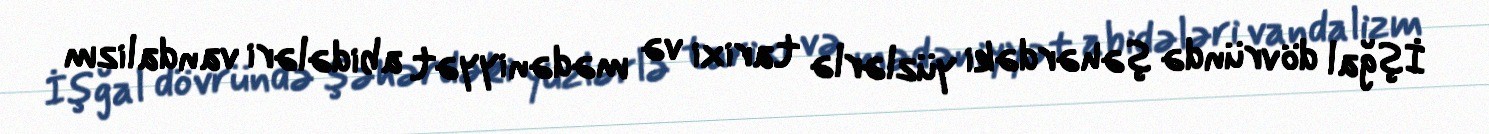
İşğal dövründə şəhərdəki yüzlərlə tarixi və mədəniyyət abidələri vandalizm